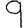
Digit: 9